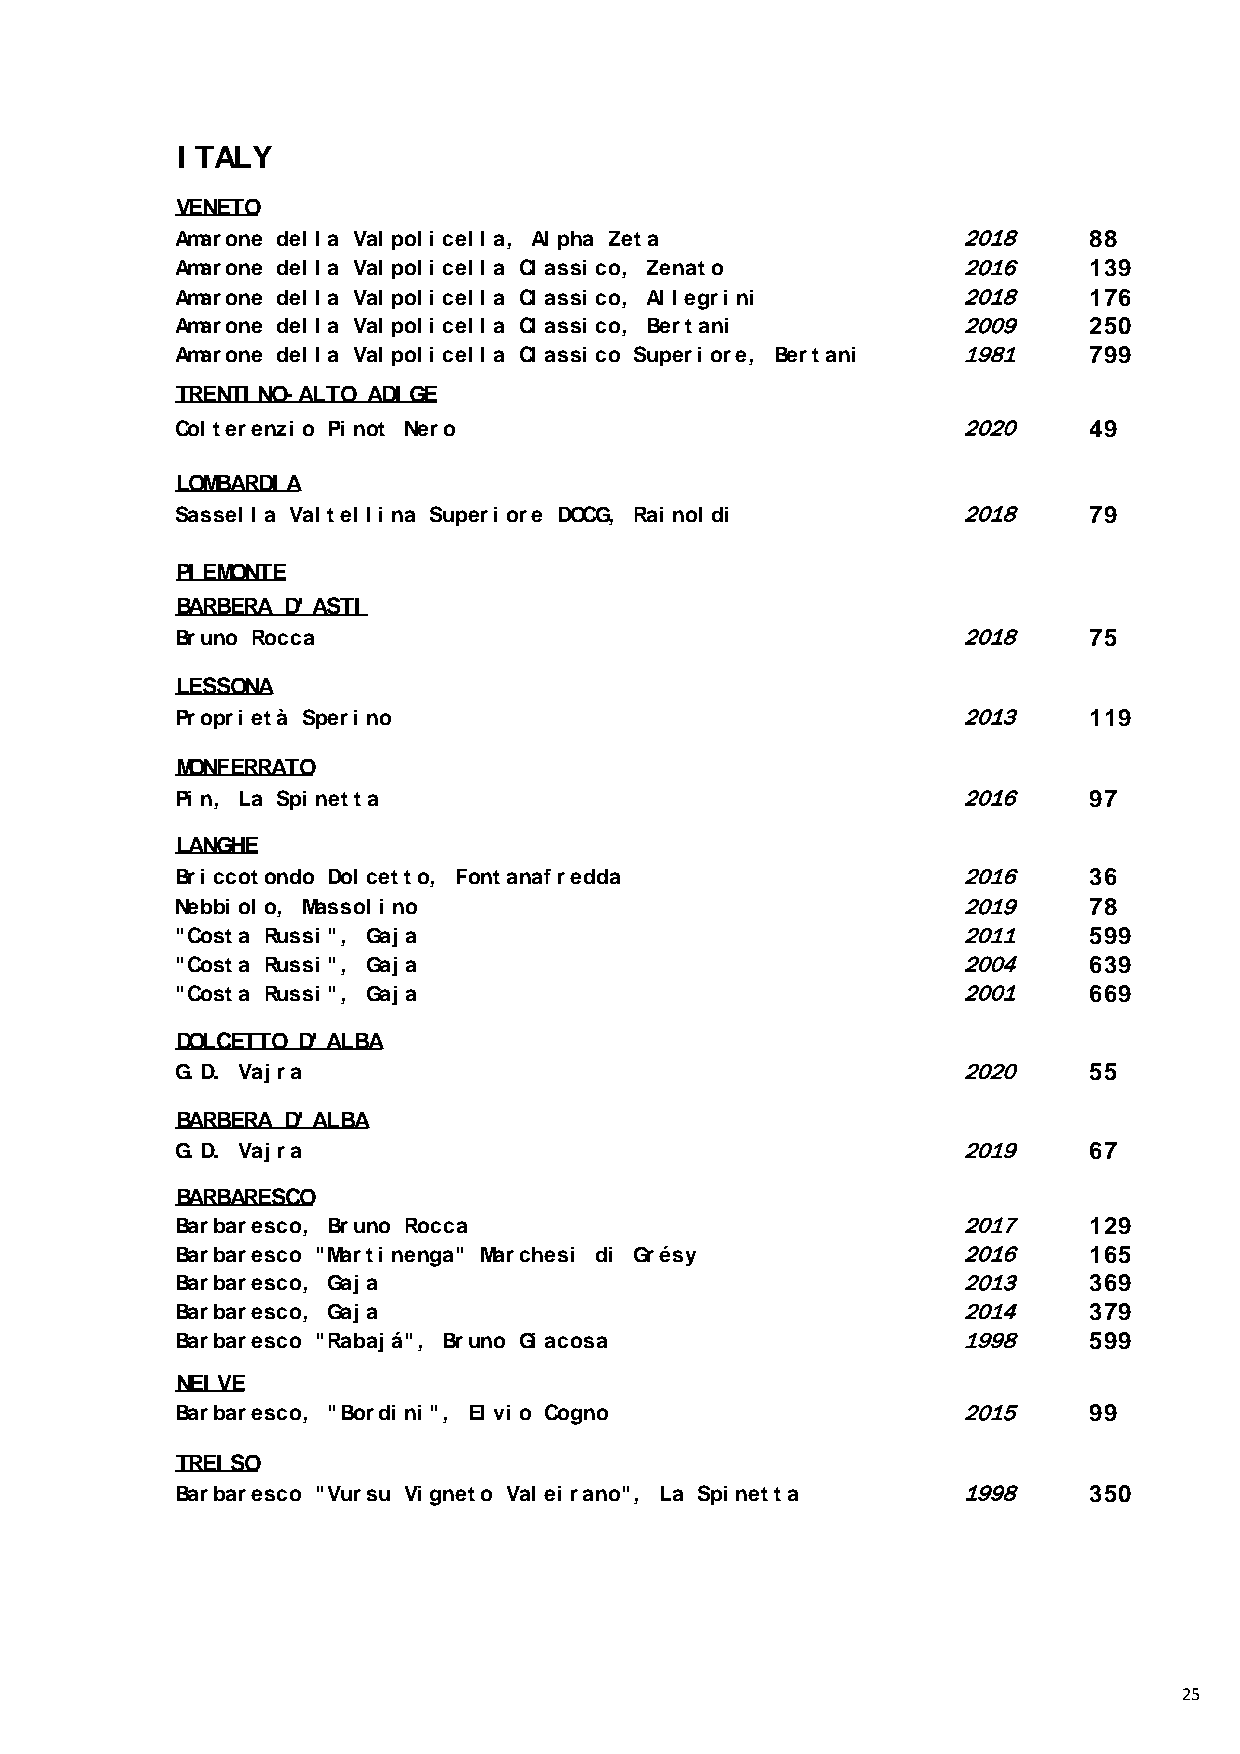
I TALY
 VENETO
 Amarone del l a Val pol i cel l a, Al pha Zeta      2018     88
 Amarone del l a Val pol i cel l a Cl assi co, Zenato 2016    139
 Amarone del l a Val pol i cel l a Cl assi co, Al l egri ni 2018 176
 Amarone del l a Val pol i cel l a Cl assi co, Bertani 2009   250
 Amarone del l a Val pol i cel l a Cl assi co Superi ore, Bertani 1981 799
 TRENTI NO-ALTO ADI GE
 Col terenzi o Pi not Nero                           2020     49
 LOMBARDI A
 Sassel l a Val tel l i na Superi ore DOCG, Rai nol di 2018   79
 PI EMONTE
 BARBERA D' ASTI
 Bruno Rocca                                         2018     75
 LESSONA
 Propri età Speri no                                 2013     119
 MONFERRATO
 Pi n, La Spi netta                                  2016     97
 LANGHE
 Bri ccotondo Dol cetto, Fontanafredda               2016     36
 Nebbi ol o, Massol i no                             2019     78
 "Costa Russi ", Gaj a                               2011     599
 "Costa Russi ", Gaj a                               2004     639
 "Costa Russi ", Gaj a                               2001     669
 DOLCETTO D' ALBA
 G. D. Vaj ra                                        2020     55
 BARBERA D' ALBA
 G. D. Vaj ra                                        2019     67
 BARBARESCO
 Barbaresco, Bruno Rocca                             2017     129
 Barbaresco "Marti nenga" Marchesi di Grésy          2016     165
 Barbaresco, Gaj a                                   2013     369
 Barbaresco, Gaj a                                   2014     379
 Barbaresco "Rabaj á", Bruno Gi acosa                1998     599
 NEI VE
 Barbaresco, "Bordi ni ", El vi o Cogno              2015     99
 TREI SO
 Barbaresco "Vursu Vi gneto Val ei rano", La Spi netta 1998   350
 25